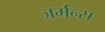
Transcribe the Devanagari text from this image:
जर्मन्स